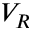
V _ { R }